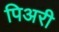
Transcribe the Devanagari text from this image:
पिअरी